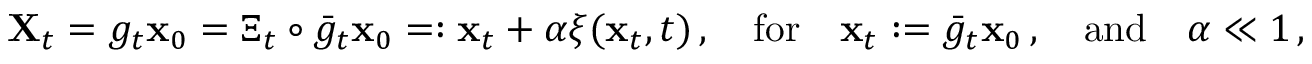
\begin{array} { r } { \mathbf { X } _ { t } = g _ { t } { \mathbf { x } } _ { 0 } = \Xi _ { t } \circ \bar { g } _ { t } { \mathbf { x } } _ { 0 } = : { \mathbf { x } } _ { t } + \alpha \boldsymbol { \xi } ( { \mathbf { x } } _ { t } , t ) \, , \quad \mathrm { f o r } \quad \mathbf { x } _ { t } : = \bar { g } _ { t } { \mathbf { x } } _ { 0 } \, , \quad \mathrm { a n d } \quad \alpha \ll 1 \, , } \end{array}